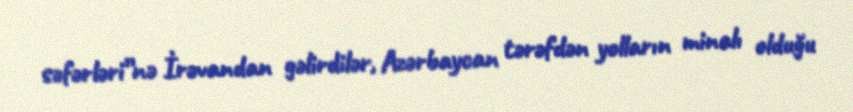
səfərləri”nə İrəvandan gəlirdilər, Azərbaycan tərəfdən yolların minalı olduğu